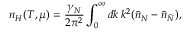
n _ { H } ( T , \mu ) = \frac { \gamma _ { N } } { 2 \pi ^ { 2 } } \int _ { 0 } ^ { \infty } d k \: k ^ { 2 } ( \bar { n } _ { N } - \bar { n } _ { \bar { N } } ) ,